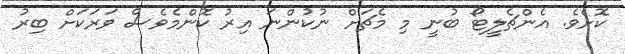
ކޮށެވެ. އެންޗެލީޓޯ ބުނީ މި މެޗަށް ނުކުންނަ އިރު ކޮންމެވެސް ވަރަކަށް ބިރު